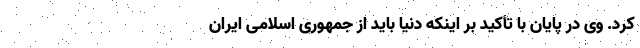
کرد. وی در پایان با تأکید بر اینکه دنیا باید از جمهوری اسلامی ایران